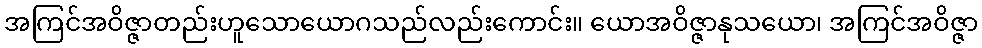
အကြင်အဝိဇ္ဇာတည်းဟူသောယောဂသည်လည်းကောင်း။ ယောအဝိဇ္ဇာနုသယော၊ အကြင်အဝိဇ္ဇာ